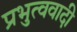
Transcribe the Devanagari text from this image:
प्रभुत्ववादी